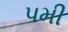
પમી